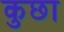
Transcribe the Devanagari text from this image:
कुछा